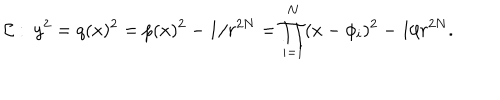
{ \cal C } : \ y ^ { 2 } = q ( x ) ^ { 2 } = p ( x ) ^ { 2 } - 1 / r ^ { 2 N } = \prod _ { i = 1 } ^ { N } ( x - \phi _ { i } ) ^ { 2 } - 1 / r ^ { 2 N } .